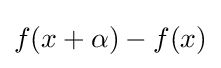
f(x+\alpha )-f(x)